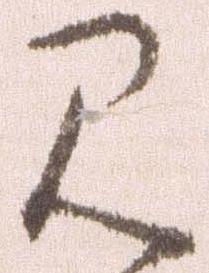
見